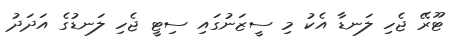
ޓޫރޭ ޖެހި ލަނޑާ އެކު މި ސީޒަނުގައި ސިޓީ ޖެހި ލަނޑުގެ އަދަދު